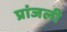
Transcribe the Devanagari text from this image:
प्रांजली